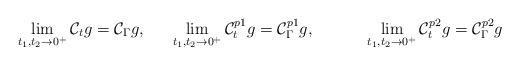
LaTeX: \begin{align*}&\lim_{t_1,t_2\rightarrow0^+}\mathcal C_tg=\mathcal C_\Gamma g,& &\lim_{t_1,t_2\rightarrow0^+}\mathcal C_t^{p1}g=\mathcal C_\Gamma^{p1} g,& && &\lim_{t_1,t_2\rightarrow0^+}\mathcal C_t^{p2}g=\mathcal C_\Gamma^{p2} g\end{align*}